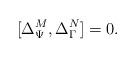
LaTeX: \begin{align*} [\Delta^M_\Psi , \Delta^N_\Gamma]=0.\end{align*}